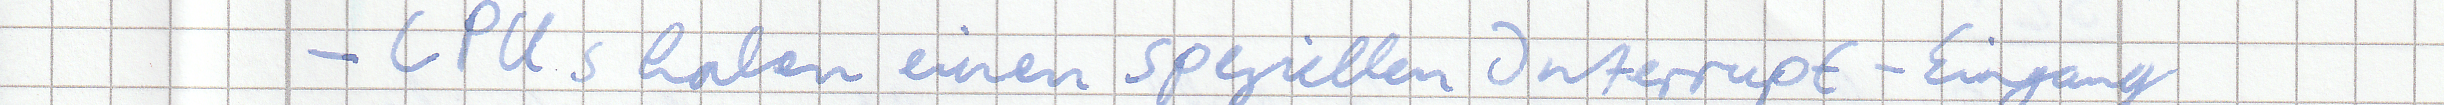
- CPUs haben einen speziellen Interrupt-Eingang